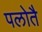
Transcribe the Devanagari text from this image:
पलोतै